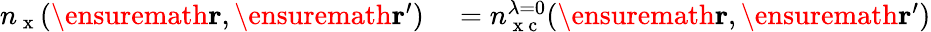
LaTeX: \begin{array}{rl}{n_{\mathrm{~x~}}(\ensuremath{\mathbf{r}},\ensuremath{\mathbf{r}}^{\prime})}&{{}=n_{\mathrm{~x~c~}}^{\lambda=0}(\ensuremath{\mathbf{r}},\ensuremath{\mathbf{r}}^{\prime})}\end{array}